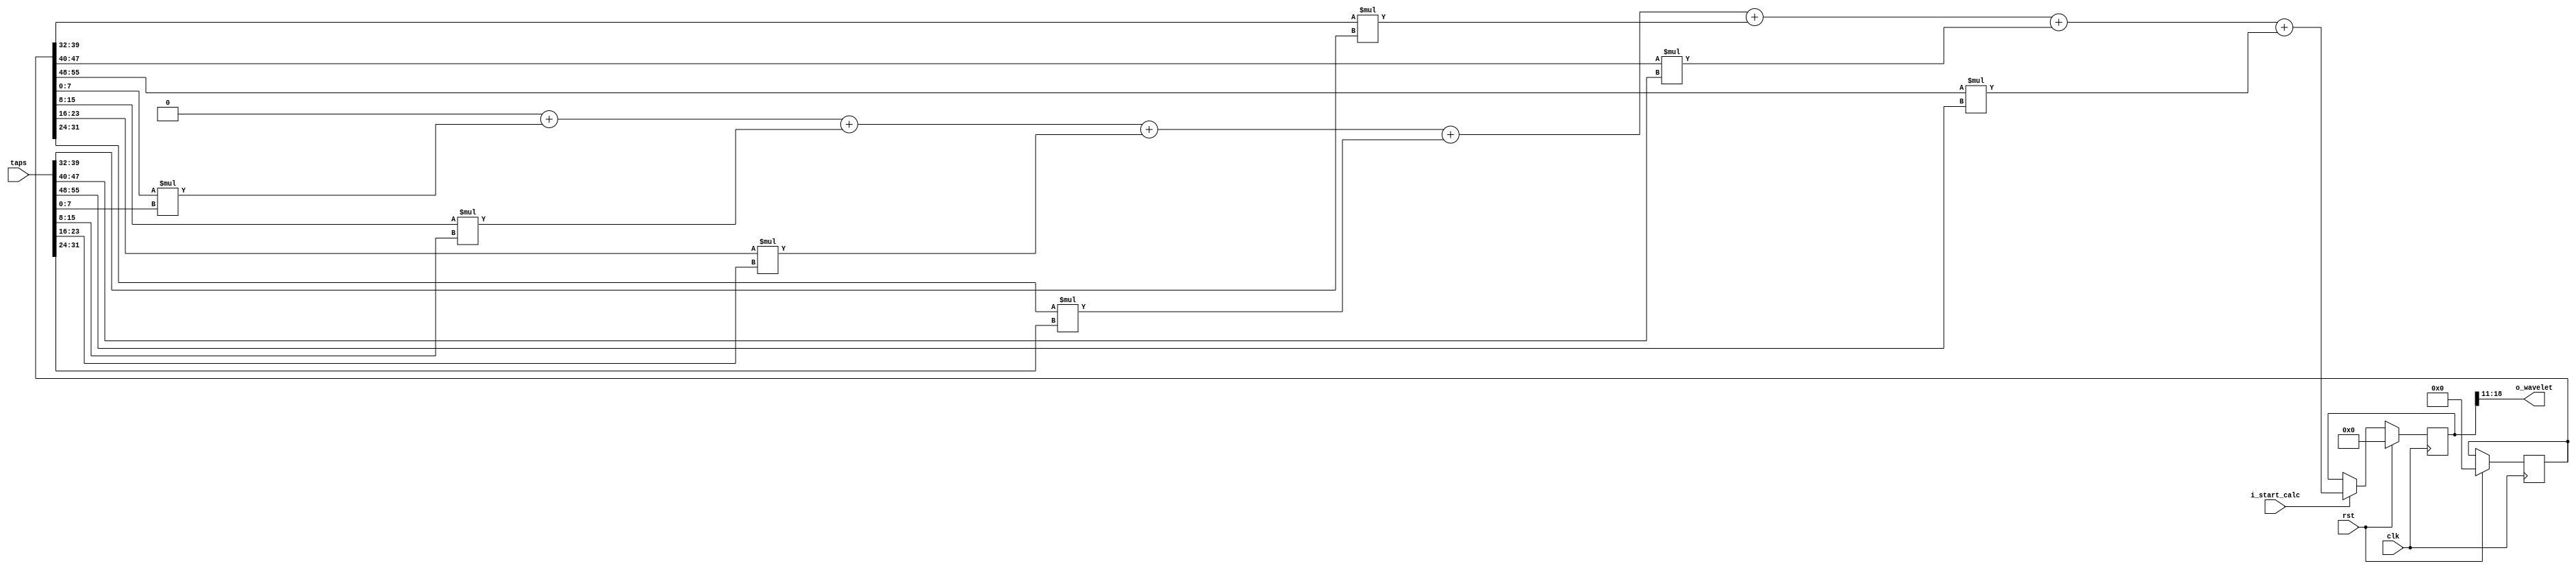
`default_nettype none
`define M_T 6.2831853071

module fir #(
    parameter BITS_PER_ELEM = 8,
    parameter SUM_TRUNCATION = 8,
    parameter NUM_ELEM = 7,
    parameter FILTER_VAL = 0,
    parameter MAX_BITS = $clog2({BITS_PER_ELEM{1'b1}}*{BITS_PER_ELEM{1'b1}}*NUM_ELEM)
) (
    // Clock
    input wire clk,

    // Reset
    input wire rst,

    // signal to clock in data from inputs
    input wire i_start_calc,

    // TAPS
    input wire [NUM_ELEM * BITS_PER_ELEM - 1:0] taps,

    // Outputs
    output wire signed [SUM_TRUNCATION - 1:0] o_wavelet

);

  reg [NUM_ELEM * BITS_PER_ELEM - 1:0] filter;
  reg signed [MAX_BITS - 1:0] sum;
  reg signed [MAX_BITS - 1:0] working_sum;

  initial begin
    // Ricker Equation: r()=(11/2 * ^2 * ^2)exp(1/4* ^2 * ^2),
    // see python code for calculations
    filter = FILTER_VAL;
    sum = 0;
    working_sum = 0;
  end

  assign o_wavelet = sum[(MAX_BITS - 1): (MAX_BITS) - SUM_TRUNCATION]; // top 8 bits, (e.g. 31: 24 (32 - 8 = 24) )

  // While verilog 2005 doesn't support inline var
  reg [$clog2(NUM_ELEM) + 1:0] i;


  // we don't always want to have the sum be calculated for power reasons
  // (purpose of i_start_calc is to only perform calc when signalled) as
  // a result we keep the working_sum (register for making the sum) separate
  // from the register linked directly to the output (in this case this is
  // called "sum", and will maintian its value, only being updated if
  // i_start_calc is raised)
  always @(posedge clk) begin
    if (rst) begin
      // NOTE: parametric setting appears to require sv, so hardcoding with FILTER_VAL
      filter <= FILTER_VAL;
      sum <= 0;
      working_sum <= 0;
    end else begin
      working_sum = 0;
      if (i_start_calc) begin
        for (i = 0; i < NUM_ELEM; i = i + 1) begin
          working_sum = working_sum + $signed(filter[BITS_PER_ELEM*i+:BITS_PER_ELEM]) * $signed(taps[BITS_PER_ELEM*i+:BITS_PER_ELEM]);
        end
        sum <= working_sum;
      end
      else begin
        sum <= sum;
      end
    end
  end

  `ifdef FORMAL
    reg f_past_valid = 0;
    reg signed [31:0] overflow_test_sum = 0;
    reg signed [MAX_BITS - 1:0] truncated_overflow_test_sum = 0;

    initial assume(rst);

    always @(posedge clk) begin
      f_past_valid <= 1;
      if(f_past_valid) begin
        if (rst) begin
          overflow_test_sum <= 0;
          truncated_overflow_test_sum <= 0;
        end else begin
          if (i_start_calc) begin
            overflow_test_sum = 0;
            for (i = 0; i < NUM_ELEM; i = i + 1) begin
              overflow_test_sum = overflow_test_sum + $signed(filter[BITS_PER_ELEM*i+:BITS_PER_ELEM]) * $signed(taps[BITS_PER_ELEM*i+:BITS_PER_ELEM]);
            end
            truncated_overflow_test_sum <= overflow_test_sum[MAX_BITS - 1: 0];
          end
        end
        // test if the MAX_BITS value from the top module can result in overflow
        if(f_past_valid) begin
          if ($signed(overflow_test_sum) > 0) begin
            _overflow_test_pos: assert($signed(overflow_test_sum) <= {{(32 - MAX_BITS + 1){1'b0}},{(MAX_BITS - 1){1'b1}}});
          end
          if ($signed(overflow_test_sum) < 0) begin
            _overflow_test_neg: assert($signed(overflow_test_sum) >= {{(32 - MAX_BITS + 1){1'b1}},{(MAX_BITS - 1){1'b0}}});
          end
        end
      end
    end

  `endif
endmodule